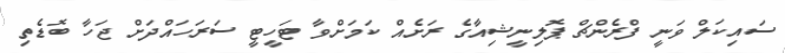
ސައިކަލް ވަނީ ފްރެންޗް ޕޮލިނީޝިއާގެ ރަށެއް ކަމަށްވާ ޓަހީޓީ ސަރަހައްދަށް ޖަހާ ބޮޑެތި